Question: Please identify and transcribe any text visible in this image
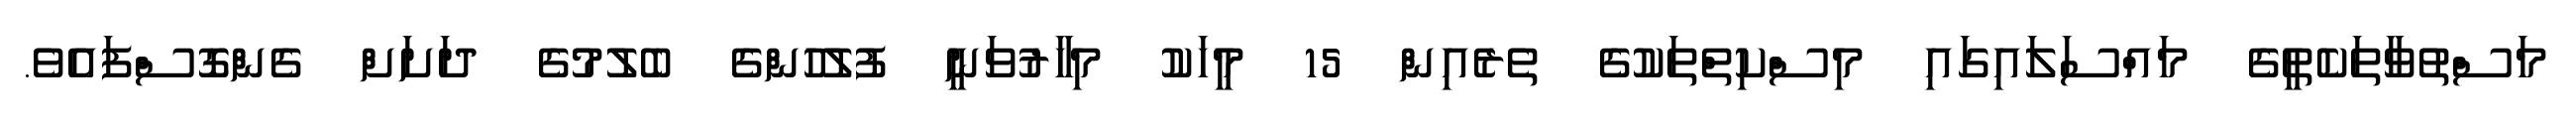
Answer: މަސްތުވާތަކެތީގެ މައްސަލައިގައި މިސްކިތްތަކުގެ ތެރެއިން 15 މީހަކު މިހާރުވަނީ ފުލުހުންގެ ބެލުމުގެ ދަށަށް ގެންގޮސްފައެވެ.